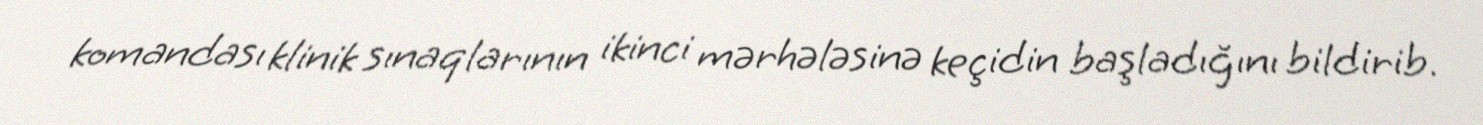
komandası klinik sınaqlarının ikinci mərhələsinə keçidin başladığını bildirib.